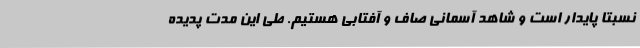
نسبتاً پایدار است و شاهد آسمانی صاف و آفتابی هستیم. طی این مدت پدیده